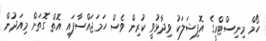
ހޯމް މިނިސްޓްރީގެ އޮފިޝަލަކު ވިދާޅުވީ ކުރިން ވެސް ހަމަޖައްސާފައި އޮތް ގޮތަށް މިއަދުން